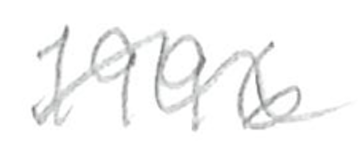
Text: 1996
Cross-out: wave
Writing tool: pencil